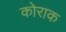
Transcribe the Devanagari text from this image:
कोराक